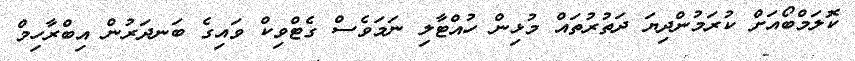
ކޮލަމްބޯއަށް ކުރަމުންދިޔަ ދަތުރުތައް މުޅިން ހުއްޓާލި ނަމަވެސް ގެޓްވިކް ވައިގެ ބަނދަރުން އިބްރާހިމް